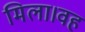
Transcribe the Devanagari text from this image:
मिला।वह